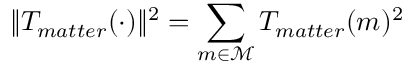
\| T _ { m a t t e r } ( \cdot ) \| ^ { 2 } = \sum _ { m \in \mathcal { M } } T _ { m a t t e r } ( m ) ^ { 2 }